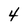
Character: 4